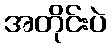
အတိုင်းပဲ